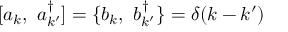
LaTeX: [ a _ { k } , ~ a _ { k ^ { \prime } } ^ { \dagger } ] = \{ b _ { k } , ~ b _ { k ^ { \prime } } ^ { \dagger } \} = \delta ( k - k ^ { \prime } )